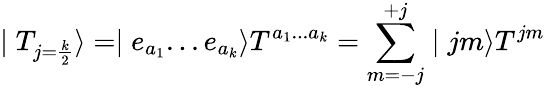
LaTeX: \mid T_{j=\frac{k}{2}}\rangle=\mid e_{a_{1}}...e_{a_{k}}\rangle T^{a_{1}...a_{k}}=\sum_{m=-j}^{+j}\mid jm\rangle T^{jm}